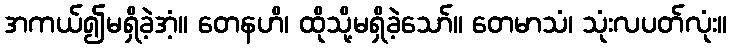
အကယ်၍မရှိခဲ့အံ့။ တေနဟိ၊ ထိုသို့မရှိခဲ့သော်။ တေမာသံ၊ သုံးလပတ်လုံး။